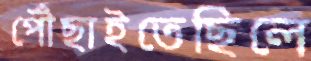
পৌঁছাইতেছিলে